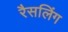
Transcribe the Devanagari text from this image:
रैसलिंग